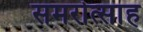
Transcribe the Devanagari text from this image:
समरोत्साह